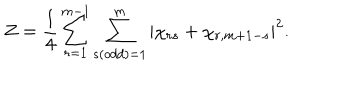
LaTeX: Z = \frac { 1 } { 4 } \sum _ { r = 1 } ^ { m - 1 } \sum _ { s ( o d d ) = 1 } ^ { m } \left| \chi _ { r s } + \chi _ { r , m + 1 - s } \right| ^ { 2 } .